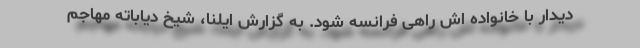
دیدار با خانواده اش راهی فرانسه شود. به گزارش ایلنا، شیخ دیاباته مهاجم